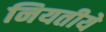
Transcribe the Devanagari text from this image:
नियतीये